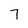
Character: 7